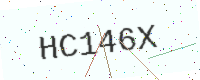
Text: HC146X